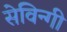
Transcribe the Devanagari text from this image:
सेविन्गी